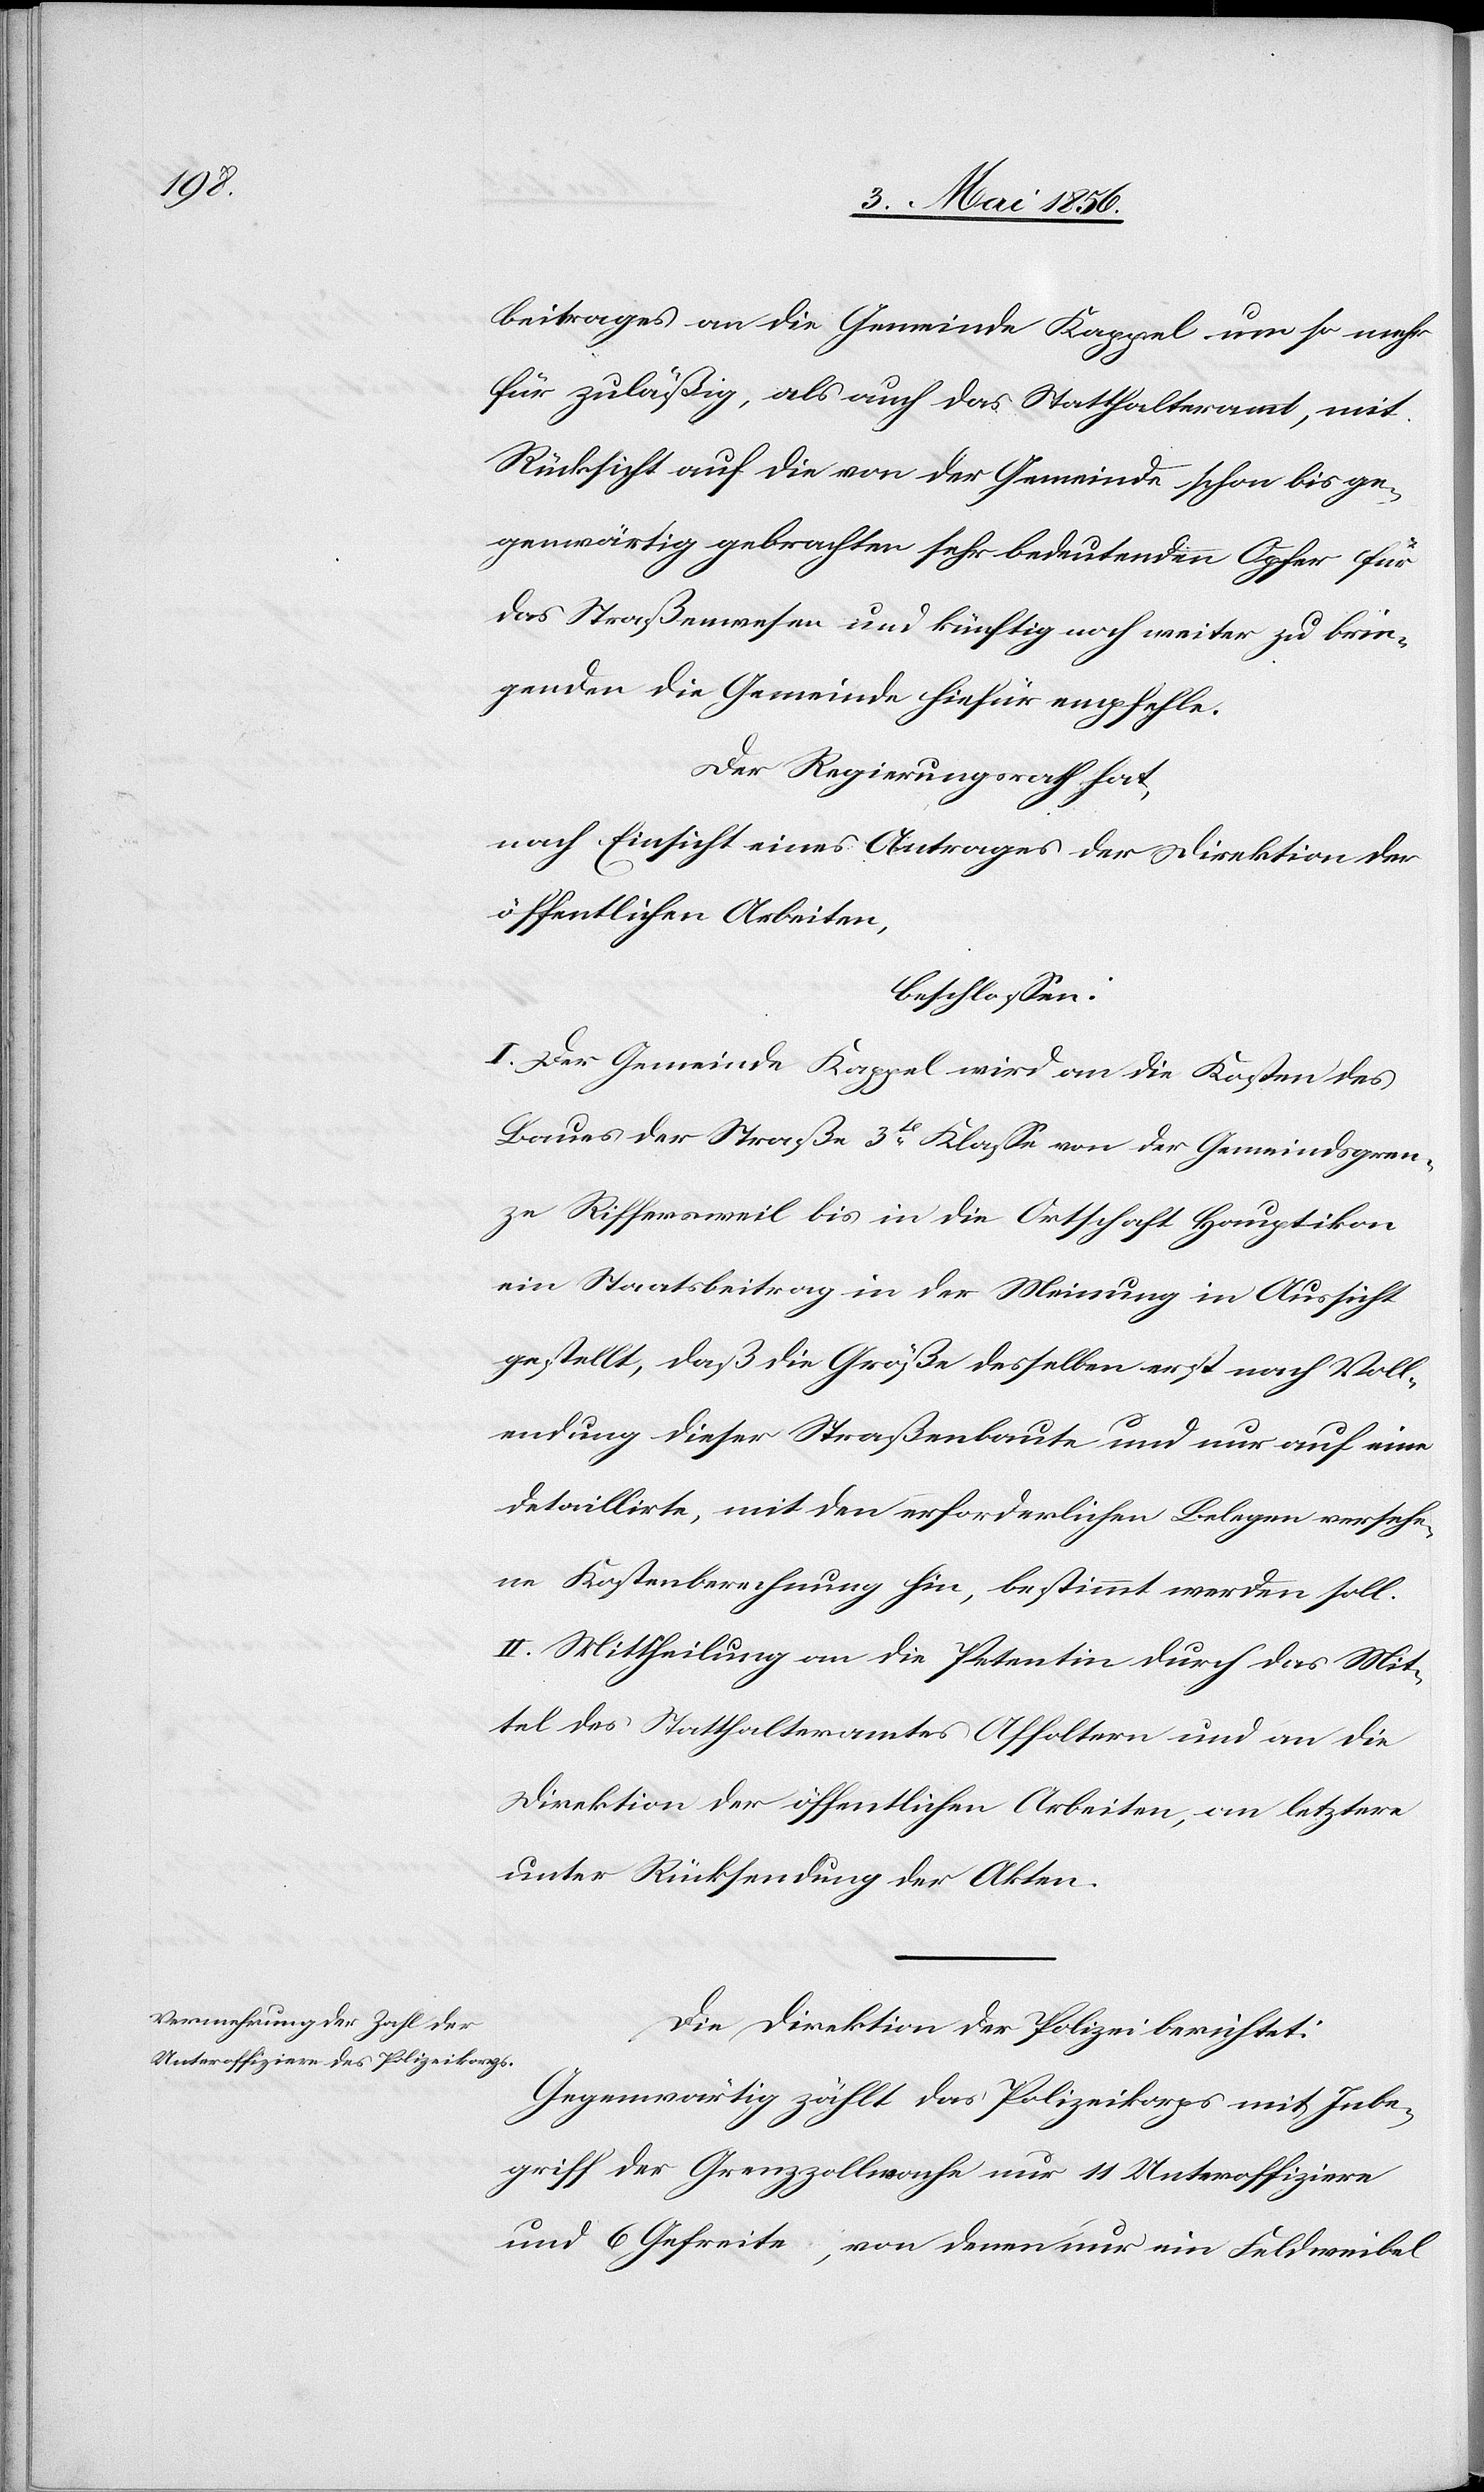
beitrages an die Gemeinde Kappel um so mehr
für zuläßig, als auch das Statthalteramt, mit
Rücksicht auf die von der Gemeinde schon bis ge¬
genwärtig gebrachten sehr bedeutenden Opfer für
das Straßenwesen und künftig noch weiter zu brin¬
genden die Gemeinde hiefür empfehle.
Der Regierungsrath hat,
nach Einsicht eines Antrages der Direktion der
öffentlichen Arbeiten,
beschlossen:
I. Der Gemeinde Kappel wird an die Kosten des
Baues der Straße 3t Klasse von der Gemeindsgren¬
ze Riffersweil bis in die Ortschaft Hauptikon
ein Staatsbeitrag in der Meinung in Aussicht
gestellt, daß die Größe desselben erst nach Voll¬
endung dieser Straßenbaute und nur auf eine
detaillirte, mit den erforderlichen Belegen versehe¬
ne Kostenberechnung hin, bestimmt werden soll.
II. Mittheilung an die Petentin durch das Mit¬
tel des Statthalteramtes Affoltern und an die
Direktion der öffentlichen Arbeiten, an letztere
unter Rücksendung der Akten.
Die Direktion der Polizei berichtet:
Gegenwärtig zählt das Polizeikorps mit Inbe¬
griff der Grenzzollwache nur 11 Unteroffiziere
und 6 Gefreite, von denen nur ein Feldweibel